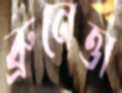
ব্রুনেত্তা